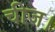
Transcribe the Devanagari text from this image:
चीज।